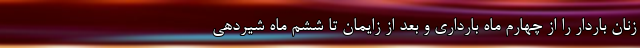
زنان باردار را از چهارم ماه بارداری و بعد از زایمان تا ششم ماه شیردهی